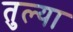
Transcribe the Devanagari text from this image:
तुल्या